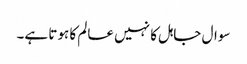
سوال جاہل کا نہیں عالم کا ہوتا ہے۔